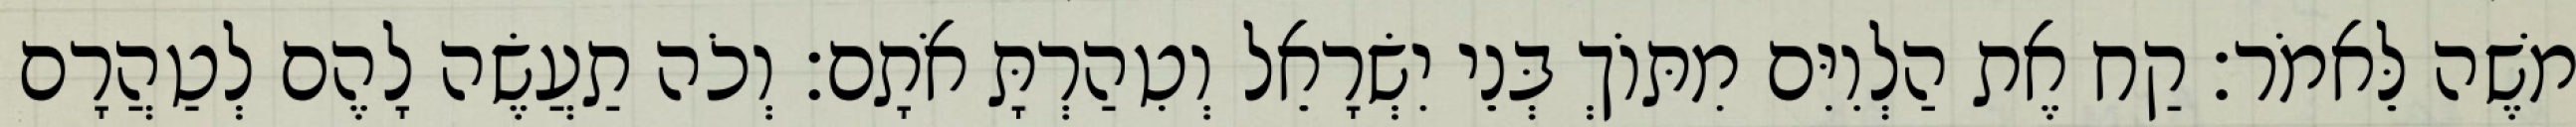
משֶׁה לֵּאמֹר׃ קַח אֶת הַלְוִיִּם מִתּוֹךְ בְּנֵי יִשְׂרָאֵל וְטִהַרְתָּ אֹתָם׃ וְכֹה תַעֲשֶׂה לָהֶם לְטַהֲרָם